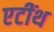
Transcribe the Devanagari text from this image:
एटींथ